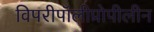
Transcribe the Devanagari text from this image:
विपरीपॉलीप्रोपीलीन